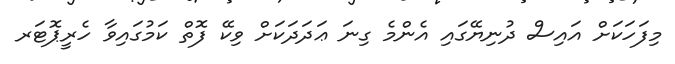
މިފަހަކަށް އައިސް ދުނިޔޭގައި އެންމެ ގިނަ ޢަދަދަކަށް ވިކޭ ފޮތް ކަމުގައިވާ ހެރީޕޮޓަރ